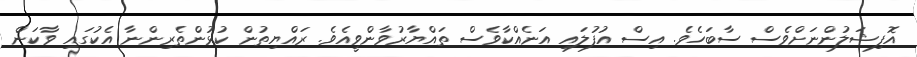
އޮފިޝަލުންނަށްވެސް ސާބަހެވެ. އިސް އުފުލައި އަނެއްކާވެސް ތައްޔާރުވާންވީއެވެ. ރައްޔިތުން ކުޅުންތެރިންނާ އެކުގައި ވާކަން